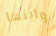
وابنها